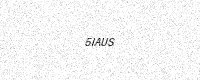
Text: 5IAUS